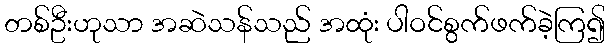
တစ်ဦးဟုသာ အဆဲသန်သည် အထုံး ပါဝင်စွက်ဖက်ခဲ့ကြ၍